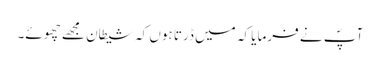
آپؐ نے فرمایا کہ میں ڈرتا ہوں کہ شیطان مجھے چھوئے۔